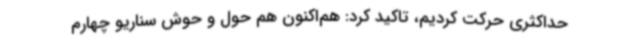
حداکثری حرکت کردیم، تاکید کرد: هم‌اکنون هم حول و حوش سناریو چهارم